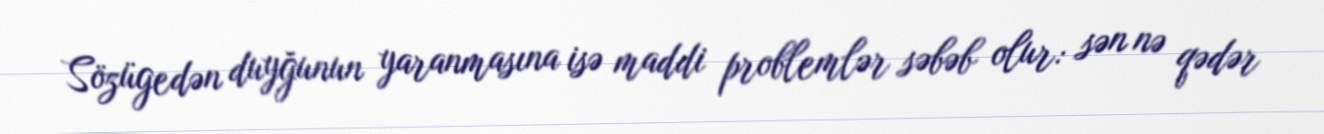
Sözügedən duyğunun yaranmasına isə maddi problemlər səbəb olur: sən nə qədər